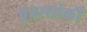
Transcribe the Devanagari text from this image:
बुढाथोकी